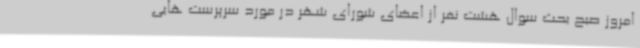
امروز صبح بحث سوال هشت نفر از اعضای شورای شهر در مورد سرپرست هایی